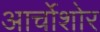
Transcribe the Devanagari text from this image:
आर्चोशोर